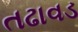
તઢાવડ